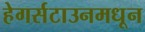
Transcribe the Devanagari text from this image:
हेगर्सटाउनमधून